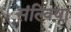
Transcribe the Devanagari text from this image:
संल्विया